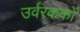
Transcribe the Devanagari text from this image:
उर्वरककों